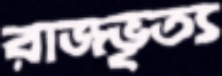
রাজভৃত্য